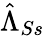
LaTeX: \hat{\Lambda}_{Ss}